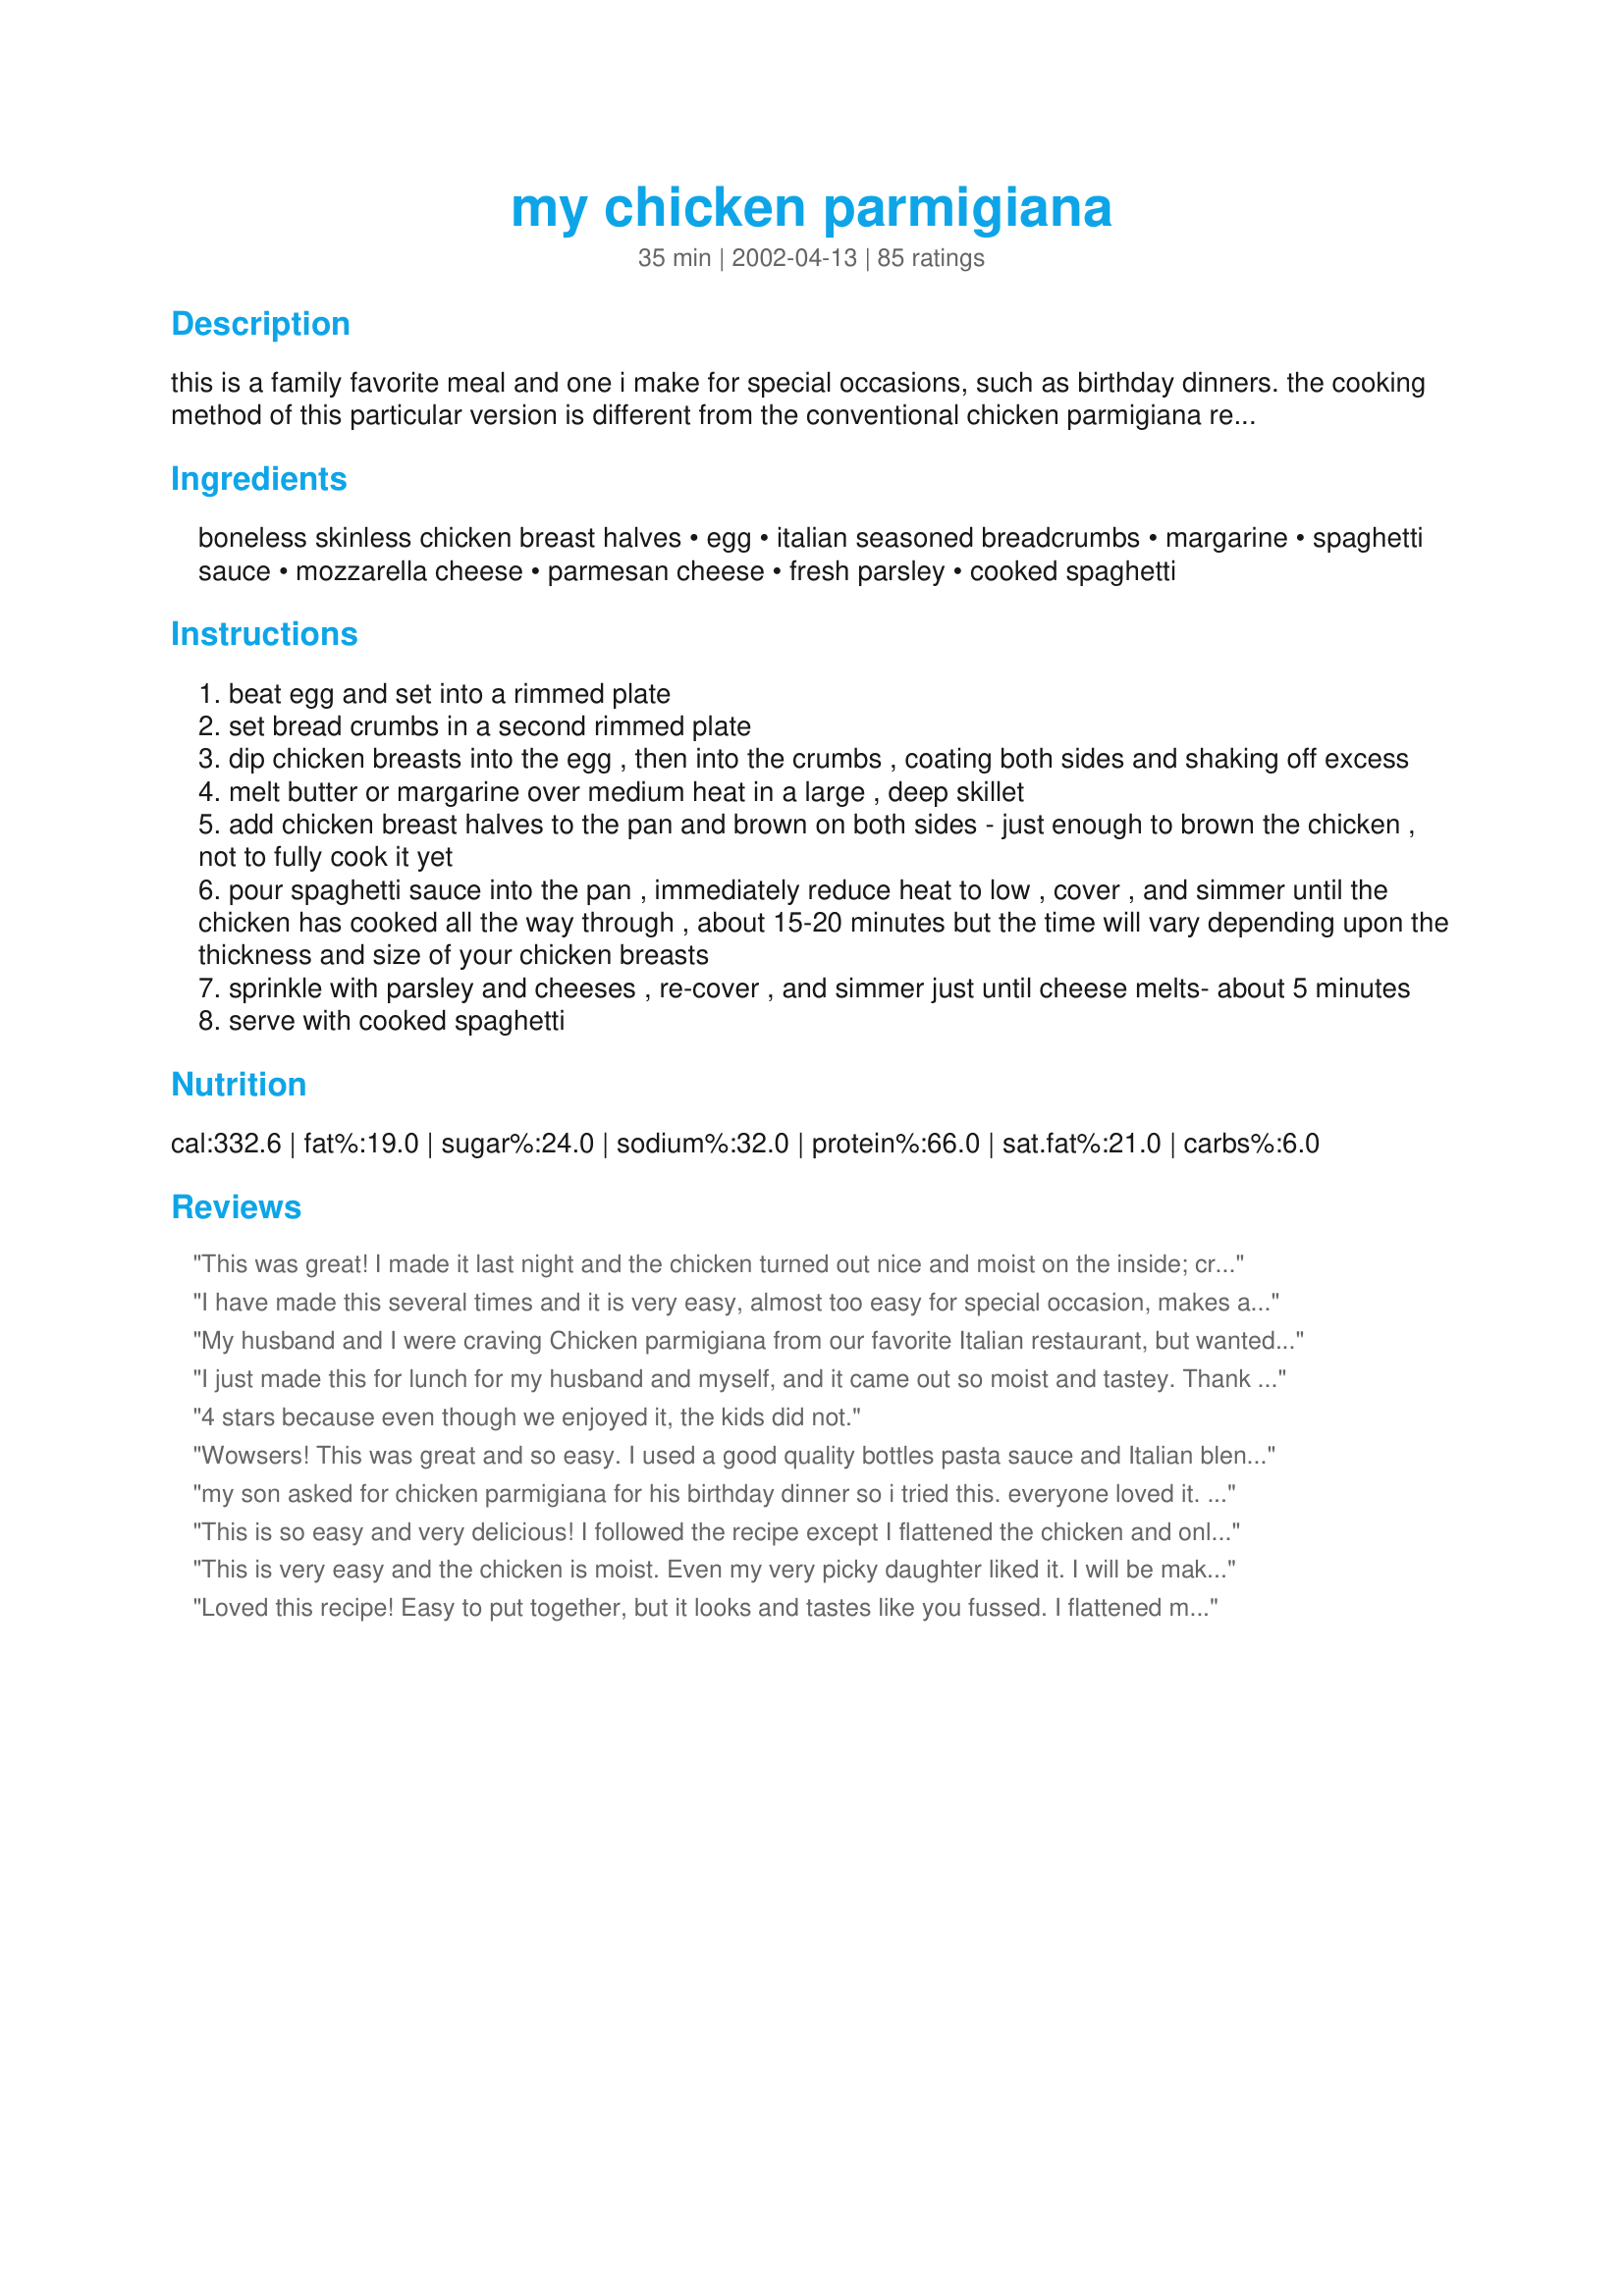
my chicken parmigiana
Preparation time: 35 minutes

this is a family favorite meal and one i make for special occasions, such as birthday dinners. the cooking method of this particular version is different from the conventional chicken parmigiana recipes i always used to make. once i tried this much easier and moister version, i never went back to the "old" method. i often use homemade sauce in this, but a good-quality bottled sauce, such as classico or barilla, is perfectly acceptable as well. i serve this chicken atop mounds of freshly cooked pasta with some additional heated sauce. i have often chosen to replace the mozzarella with thin slices of provolone cheese. note: edited to add that pounding the chicken is not necessary with this method. part of what is unique about this recipe is that even the meatier pieces of chicken get so moist & tender as it braises in the sauce.

Ingredients:
boneless skinless chicken breast halves, egg, italian seasoned breadcrumbs, margarine, spaghetti sauce, mozzarella cheese, parmesan cheese, fresh parsley, cooked spaghetti

Steps:
beat egg and set into a rimmed plate
set bread crumbs in a second rimmed plate
dip chicken breasts into the egg , then into the crumbs , coating both sides and shaking off excess
melt butter or margarine over medium heat in a large , deep skillet
add chicken breast halves to the pan and brown on both sides - just enough to brown the chicken , not to fully cook it yet
pour spaghetti sauce into the pan , immediately reduce heat to low , cover , and simmer until the chicken has cooked all the way through , about 15-20 minutes but the time will vary depending upon the thickness and size of your chicken breasts
sprinkle with parsley and cheeses , re-cover , and simmer just until cheese melts- about 5 minutes
serve with cooked spaghetti

Reviews:
This was great! I made it last night and the chicken turned out nice and moist on the inside; crispy on the outside. This is a keeper!
I have made this several times and it is very easy, almost too easy for special occasion, makes a quick dinner. I have tried it both ways, pounding the chicken or leaving the breast the way it is.
My family and I prefer pounding the chicken better, as it tastes more crisp and just more delicious all around. We also prefer provolone over mozzerella, but that in the grand scheme doesn't matter.
Thanks for the great recipe!
My husband and I were craving Chicken parmigiana from our favorite Italian restaurant, but wanted to save some money since Christmas is right around the corner. So we stayed at home and cooked these. We were sure glad we did, they were delicious. I ended up stretching the recipe to 6 chicken breasts and did pound the chicken to make them thinner. Since I had so many, I couldn't fit all six in a pan at once, so I cooked them till they were golden on the outside, then transferred them to a plate, poured some marinara on the tops, sprinkled parmesan, mozzerella and some parsley on the tops and microwaved them for a few minutes to make sure the inside was cooked through. We then put them on top of some noodles and more marinara, and it was to die for! I used recipe # 136292 for the marinara, and it was a great combo. Thanks for posting!
I just made this for lunch for my husband and myself, and it came out so moist and tastey. Thank you.
4 stars because even though we enjoyed it, the kids did not.
Wowsers! This was great and so easy. I used a good quality bottles pasta sauce and Italian blend for the shredded cheese. I served it over no yolk egg noodles and it was on the table in a flash. The chicken was very moist and full of flavour. It will definately become a regular weeknight meal for our busy family. Enjoyed by all!
my son asked for chicken parmigiana for his birthday dinner so i tried this. everyone loved it. truly delicious. thank you heatherfeather. this is a keeper.
This is so easy and very delicious! I followed the recipe except I flattened the chicken and only used 3 chicken breast halves and a 26 oz. jar of spaghetti sauce. The chicken came out very moist!
This is very easy and the chicken is moist. Even my very picky daughter liked it. I will be making this again.
Loved this recipe! Easy to put together, but it looks and tastes like you fussed. I flattened my chicken before breading, and it turned out moist and delicious! This is my new chicken parmigiana recipe. Thank you for sharing!
Needed to use more bread crumbs and use more sauce, but awesome recipe!
Wow!!! This is really good. My dinner was a success!!! I served on top of penne pasta, salad and garlic bread.
The kids also loved.
MERAVIGLIOSO!!!BUONO!!!
Wow, Wow, and WoW! Everyone at the table loved this dish! The chicken breast was moist and tender, the sauce and cheese with the chiken was such a nice flavor blend!
What I liked the most was how quick and easy this was! Super EASY!! I am adding this to my favorite recipes, and will do this one over and over. Num!
This was very delicious. DH said this recipe is a KEEPER.. Thanks for posting
Excellent! Quick and easy and enjoyed by all! Used 16 oz. of tomato sauce (seasoned w/some Italian spices) and about 8 oz. of garlic tomato sauce since this was all I had on hand at the moment. Served this over cooked linguine, topped w/some grated parmesan cheese and a side of sugar snap peas.
This is a great way to prepare chicken! It is so easy and so good. I couldn't believe how tender the chicken was. I flattened the chicken breasts before breading them. I served the chicken with noodles and a salad.
This recipe has become a regular in our house. We always make it with Pasta Sauce #1 (recipe # 90414) and Italian shredded cheese or Swiss cheese slices- comes out perfectly every time. Thank you!
This was terrific! My family is tough to please and this was a hit with them all. It's an easy recipe and a pleaser, thanks for sharing!
Heather, this is a really great recipe! DH and I both loved it; I couldn't believe how easy it was to make! I didn't change a thing except to flatten the chicken a little - it was perfect just the way it was. Will certainly make again, thanks so much for posting!
Can't go wrong with this-- it's simple and tasty. Thanks for posting!
oh HELL yes. i'm currently operating without an oven, and this stovetop method was not only ridiculously easy but absolutely delicious, particularly when paired with a fine bottle of Charles Shaw cabernet. i now possess the appearance of actual culinary talent and have impressed both my new(ish) boyfriend and my highly intoxicated roommate. yesss. score twenty for me. MAKE THIS... even if you're kitchen-handicapped... that's all, folks.
Absolutely delicious and SOOOOO SIMPLE!! I used my homemade tomato sauce and I also pounded the cutlets very thin. I served it with angel hair and a salad and I'm telling you, this made for one fine Sunday dinner. This is my new way for chick parm....no more oven for me. Thanks Heather
Nice and tender with lots of good flavor! I also flattened the breasts and served with more homemade sauce for the spaghetti. I added the parmesan cheese to the bread crumbs instead of during step 6. Thanks very much!
Yum yum yum! My boyfriend and I had this for dinner last night with some buttery green beans and some "Own Garlic Bread" (found on Recipezaar). It was a fabulous meal! We have tried almost every chicken parm recipe on this site and yours is by far the best! It was VERY moist and cooked up nicely. We didn't flatten the chicken and it was still on the table in 20 mins flat.

The only suggestion I would make is to heat up some alfredo sauce in a small saucepan and serve that on top of the chicken if you prefer the two sauces over just the red. I do, and I think it complements the dish much more than just the red sauce!

Thanks for a fabulous recipe! We LOVED it and will be making this much more!
Great taste and so easy to make. The chicken was so moist. I only added a little garlic seasoning to the chicken prior to coating them with the bread crumbs.
Thanks!
Absolutely excellent, easy to make, and quick enough to be a weekday dinner. This goes in my file of recipes I use all the time.
This is so delicious. I use recipe#22782 on this and it is one of my husband's favorite ways I make chicken!
My family loved this meal. I made a double batch (so we would have leftovers for work). I cut the breasts in half and then flattened them. We prefer thinner cuts of chicken. Served with garlic bread and garlic green beans/sugar snap peas. Along with a glass of wine...superb. Thanks HeatherFeather.
This was very easy and yummy. I wouldn't change a thing.
This was positively fantastic!! I used Eggbeaters & half whole wheat panko & half parmesan cheese. Homemade marinara sauce sure does hit the spot & I was lucky enough to have some :-). This was so moist & yummy with the sauce & it cooked well in 20 min. I added oregano, garlic powder & parsley to the crumb mix & didn't use the fresh parsely. SO yummy! Thank u so much for sharing!
Best Chicken Parmesan recipe I have ever made! Had an impromptu dinner party - had to make something quick and easy! Everyone loved it! Thanks!!
Fantastic way to do parmigiana. Better than my old way if browning and then baking in the oven. Thanks Heather for the great recipe
When my husband says, "you can make this again", it is definitely a keeper. He's the pickiest eater.
Super easy and quick, and very tasty. I did buy Marinara sauce and used a previously suggested substitue, Provolone cheese. It was delicious. Thanks for the great recipe!
I made this dish last Sunday for my husband and my mother-in-law. They thought it was terrific. I am a vegetarian so I was not able to sample it, but it looked great. I also made italian cheese bread and a caesar salad to go with it. 
Thanks for the recipe!
Tanya from California
We really enjoyed this recipe. It was very easy to put together on a week night. We used plain ole Ragu for the spaghetti sauce. I didn't have any seasoned bread crumbs on hand so we used plain but added Italian seasoning to it. Also, we used dry parsley instead of fresh. I'm sure it would have been even better with fresh! Thank you HeatherFeather!
So awesome! Everytime I make it people tell me I'm "talented". ha ha! This one tastes as good as it makes you look. I cut the chicken in half horizontally beforehand. Once it's cooked I broiled some cheese on top (mozza, cheddar, all good). And served it atop some spaghetti. Tossed a salad with balsamic dressing/olive oil and it was the perfect pairing. The best part is I can watch Oprah while it braises. Enjoy! Thanks for posting!
I have never made or eaten chicken parmie before this, so I have no idea how this is supposed to taste. What I can say is Italian hubby hoovered the plate and said it was the best parmie he had ever tasted. Into the keeper pile it goes! I will admit I used bought breast fillet snitzels so it was less messy. I just made sure I chose the fattest ones I could find. Before I put the sauce on I sprinked some grated parmesan on the chicken so it seemed to have the real italian flavour I like with my snitzels. This is a great recipe, thankyou for posting it!
My 10 yr. old son has rated this his number-one-all-time-favorite meal! This recipe is so easy that we don't wait for special occasions to make it, although we make it for special occasions, too. I have altered the recipe only slightly...I pound the chicken breasts lightly and used sliced mozzarella instead of the shredded. My son and I both heartily thank you, Heather.
Oh my, this presented so well! Delicious and easy, too. This definitely goes into the regular rotation. I had to use canned sauce as I didn't have any of my usual homemade sauce. I pounded the chicken breasts. I'll try it with chicken tenders next time. I used provolone cheese and served it on spaghetti noodles.
This is the best chicken parmagiana I have ever eaten. I followed the directions exactly except for using more bread crumbs and a little more margarine. What a great and easy recipe!
Excellent recipe, easy to make
wonderful and moist!! one of our favorites from now on!
Chicken Parmagiana without turning on the oven..fantastic! I did use my homemade sauce and was unable to break my habit of double-dipping the chicken, but the method is the magic of this recipe and otherwise I followed it to the letter. Thanks so much for letting your chicken parm become my chicken parm.
Absolutely a perfect recipe. I made it exactly as written, and it came out so very delicious that I can't imagine every changing a thing. Fairly quick, very easy, super delicious and even looks gorgeous when served. Thank you for a real winner. This one is a keeper!
made this yesterday was great easy and very good thanks
im only 16 and this was my first time making chicken parmigiana-I served it over Rotini and it came out great! It was a hit with everyone!
A super recipe! I made as directed but used chicken tenders. A beautiful dish, surprisingly good for the amount of work involved. I used a very rich homemade sauce, Calliope's Roasted Tomato Sauce, along with fresh Mozzarella and served on angel hair pasta. HeatherFeather, many thanks for sharing.......Janet
I made this dish for some friends of ours who were in town. We all loved it. I liked the crispy chicken with the tomato sauce. I served this with spaghetti, lettuce salad and garlic bread. Thank you for sharing your recipe with us.
Nice and simple! I have no complaints with this recipe. My family and I really liked it. As it states in the recipe the chicken really does stay moist and for chicken breasts thats a great accomplishment. thanks for the recipe!
Perfect!! I tend to dry out chicken but this recipe solved that problem - whole family loved it! Thanks for a great recipe!
Excellent recipe! I made some additions as well: added a can of diced tomatoes to the sauce and added prosciutto before placing the provolone cheese on top. I cooked two chicken breasts and they took a little longer than 15-20 minutes, closing to 30 minutes. I always seem to have that issue when cooking full pieces of meat/poultry in a pan. Overall, a great recipe!
YUM. I chose this recipe because it looked so easy (it was!) and it sounded much nicer than a recipe in a cookbook I have of healthy recipes with only ten more calories per serve. I used a very simple sauce (passata reduced with garlic and fresh basil). I had to shred bread to make breadcrumbs and I guessed what "Italian seasoning" is. I served it with roasted potatoes and rosemary and a salad. I will make this again (and again and again), probably in the next couple of weeks.
AMAZING! This was just as good, if not better than the ones I've gotten in diners around here in NJ!
Yummy, yummy, yummy.
We enjoyed this one a lot. The Picky One even had seconds.
I did think this was a nifty way to do the chicken, and it did make it moist and tender.
Once my chicken had cooked, I placed the chicken on a baking sheet lined with foil and topped each piece of chicken with some nice thick freshly sliced mozzarella and broiled it a couple of minutes until the cheese was bubbly and getting several of those incredible tasting browned spots.
I served this dish with Cheesy Crescent Mozzarella Wedges #109423.
This is an excellent recipe and very easy to make. Everything tasted great and the chicken turns out tender. I used Classico sauce and thin spaghetti noodles. I will be making this again. Thanks
Into permanent file, passed the test with Italian huusband who has very high standards for his Italian food.Pounded chicken flat,used homemade leftover pizza sauce & shredded mozzarella, panko bread crumbs,freshly chopped oregano. Very easy,Thanks H.Feather!
This recipe was out of this world delicious, simply scrumptious and was very very easy to prepare.I would have given this recipe ten stars if they went that high!!! Iv'e been to some pretty nice Italian restaurants and theirs wasn't as good as this one!!
 I did pound the chicken, used my own homemade sauce,used provolone instead of motz,grated some fresh parm. chicken came out so wonderfully tender and moist.I served it with angel hair pasta.
 So glad theres more left in the fridge to have later!!! 
 Hubby loved it too!!!
 YUMMMYYYYYYYYYYY 

Super easy. Quick to throw together. Very tasty and enjoyable recipe.
I will never make any other chicken parm after tasting this! Its so simple and so delicious! The chicken was super moist. I added alfredo sauce to the spaghetti and topped the chicken off with provolone cheese.
The chicken was perfectly moist, the recipe extremely simple and quick with outstanding results! The only thing that I did differently was to use boneless skinless thigh cutlets (because I had some in the freezer that I needed to use). Next time I will definitely use the chicken breasts instead. I am so thrilled that I found a lower in fat, easier to make, and just as tasty version of this dish! Thanks for posting it!
Fantastic recipe! Quick, easy, and tasty:) 
I pounded the chicken once and left them unpounded another time. The results were the same juicy, tender chicken. Will be making this again and again. Thanks HeatherFeather! 
Oh, I forgot to mention that I seasoned the chicken with salt & pepper before coating with the egg & breadcrumbs.
I live on the island of Bermuda, and this was the 1st recipe I tried after taking membership. It was served to a party of 12. Moist,tender mouth watering. My party loved it. SOOOOOOO GOOOOOD! I will be making this dish often.
Chef # 334090
Yvonne Sealy
This is very similar (ingredient wise) to the recipe I have been using for years. I use homemade sphaghetti sauce. I make it every summer. The only major difference is that I bake the coated chicken, and then put the spaghetti sauce and mozza and parmesan on and then bake it again. (Just the less fat thing) It is also my husbands absolutely favourite recipe.

I serve it with penne parmesan, and either salad or bruschetta on the side.

We use different cooking methods but I think your recipe and mine are very similar in ingredients.
This was so good!!! I made mine with breaded chicken breast and just sprinkled italian seasoning on it. I will be making this again. Thanks for an easy recipe!!!
This is sooooo good!! My husband absolutely loves this recipe and the other I night I doubled it for company and it was a big hit!! I made it without the pasta and I used my own pasta sauce my Mom always made back home in Italy (olive oil, garlic, onions, basil, salt and finally crushed stewed tomatoes).
FANTASTIC as can be!
The recipe REALLY worked for me!
I like thin chicken breasts, so did cut in half horizontally, TRUE!
Used passata with italian herbs too!
Added cooked speghetti on top, then cheses, YES!
Did I LOVE this? With this review, don't NEED to GUESS!
THANKS!
YUMBERINI!!!
Amazing recipe. All previous reviews were absolutely true: juicy and tender chicken, delicious sauce. My husband was more than satisfied :)
Woohooo!!!! This was delicious! I only used one large chicken breast. I cut it long-ways, then pounded both halves until thin. This is amazing!
My family loves this! Something my kids love! Used (T W A) Spaghetti Sauce. 
Thanks for sharing.
This was very tasty and surprisingly easy. My super-picky kids loved it and so did my hubby (who's not overly fond of chicken). I took a tip from another reviewer and pounded the chicken flat before I breaded and cooked it. Delicious!
Excellent! Everyone's right it's quick and easy. It tastes great. I only made it the once but it turned out beautifully the first time. I will certainly be making this again.
I made this recipe for my fiancee and two kids, and everyone loved it...people went back for seconds! It was absolutely delicious in every way. The only suggestion I would make is to increase the amount of spaghetti sauce...use the suggested amount in the pan for cooking, and have a reserve stash for plating...I didn't seem to have as much as I would have liked over the whole dish...awesome recipe...
Awesome recipe! Simple preparation with a fantastic taste! I added some garlic powder to my bread crumbs, just 'cause I love garlic, along with a few extra seasonings and it was oh-so-yummy!

Thanks for sharing a great recipe!
OMG...this was absolutely delicious & sooo easy!!! DH said this was better than any Chicken Parmigiana he has ever had in the restraunts & that is a huge compliment being that we live in Germany & have traveled A LOT in Europe & have ate at many "real" italian restraunts through out Europe!! I would not change one thing in this recipee & will DEFINATELY be making it again for a dinner party! Thank you very much for posting!!
I can't believe I've never rated this recipe/cooking method. It Rocks! I've made this several times now and its always a winner. It's also really easy to adjust the recipe for 2 people or 6 people.
This sounds so good, and I want to try it. What is your favorite bottled sauce to use for this recipe... There are so many out there and I want to make sure that I use the one that tastes the best... Thanks!
Heather, I don't know why you would save this only for special occations. It is so easy and tasty, I would put it in regular meal rotation. I followed this exactly but did bake in my new Rachel Ray Bubble and Bake ware--had to test out my new baking pans. Came out delicious and my DD said," Wow, that looks like something Rachel Ray would make." That's a fine compliment. Five stars for ease of prep, taste, beauty, and easy ingredients that I usually have on hand. Fabulous!
Great. All of my 3 of my boys and my husband loved it. Quick and easy to make; but tastes like you spent hours doing it. Will be making this again.
This has been a repeat in my house and couldn't be easier or tastier! The cooking method leaves time for you to prepare pasta, vegetables, or whatever in between and produces a wonderful meal with next to no effort. It cooks up extremely moist and tender and is just delicious! Thanks for posting!
We had this for dinner tonight. Everyone loved it. I also flattened the chicken before I cooked it. It was so... tender. Thanks for the great recipe.
This was DELICIOUS and easy! I will make it again soon!
Wow! Used slices of fresh mozzarella - otherwise followed recipe exactly. Quick and delicious, thank you for sharing.
This was really easy to make and tasted great.... the family absolutely loved it... I'll definitely be using this recipe again. Thanks, Heatherfeather!
A great dish! I used provolone instead of mozz. for the top!!! Very yummy!
We thought this was great. I loved not having to bake it. I did pound my chicken breasts because I like the skinnier pieces. Will definitely make again.
